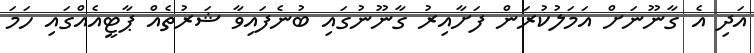
އަދި އެ ގާނޫނަށް އަމަލުކުރަން ފަށާއިރު ގާނޫނުގައި ބުނެފައިވާ ޝަރުތެއް ޕާޓީއެއްގައި ހަމަ